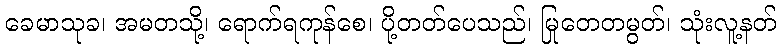
ခေမာသုခ၊ အမတသို့၊ ရောက်ရကုန်စေ၊ ပို့တတ်ပေသည်၊ မြုတေတမွတ်၊ သုံးလူ့နတ်